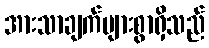
အားသာချက်များစွာရှိသည်